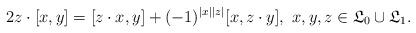
LaTeX: \begin{align*}2z\cdot [x,y]=[z\cdot x,y]+ (-1)^{|x||z|}[x,z\cdot y], \ x,y,z \in {\mathfrak L}_0 \cup {\mathfrak L}_1.\end{align*}